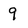
Character: 9